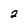
Character: 2